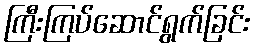
ကြီးကြပ်ဆောင်ရွက်ခြင်း